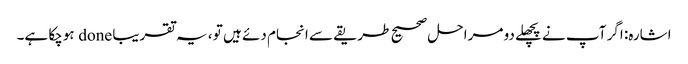
اشارہ: اگر آپ نے پچھلے دو مراحل صحیح طریقے سے انجام دئے ہیں تو ، یہ تقریبا done ہوچکا ہے۔